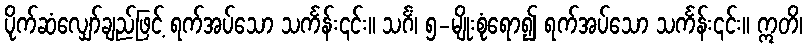
ပိုက်ဆံလျှော်ချည်ဖြင့် ရက်အပ်သော သင်္ကန်း၎င်း။ သင်္ဂံ၊ ၅-မျိုးစုံရော၍ ရက်အပ်သော သင်္ကန်း၎င်း။ ဣတိ၊